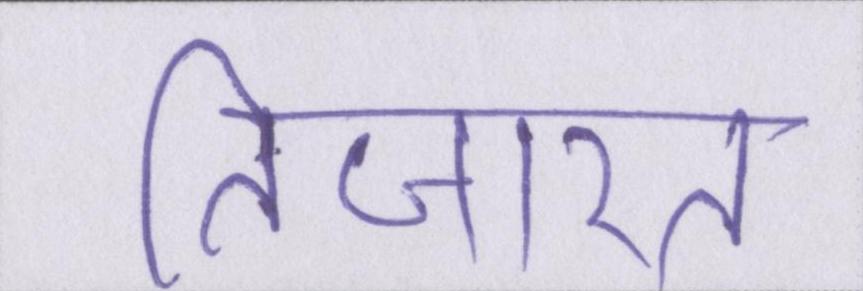
तिजारत